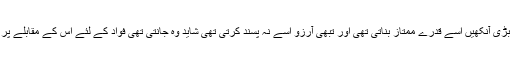
ندا شکل کی ذرا اچھی تھی سانولی رنگت پر بڑی بڑی آنکھیں اسے قدرے ممتاز بناتی تھی اور تبھی آرزو اسے نہ پسند کرتی تھی شاید وہ جانتی تھی فواد کے لئے اس کے مقابلے پر سامیہ کمزور جبکہ ندا ایک مضبوط امیدوار تھی۔